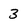
Character: 3